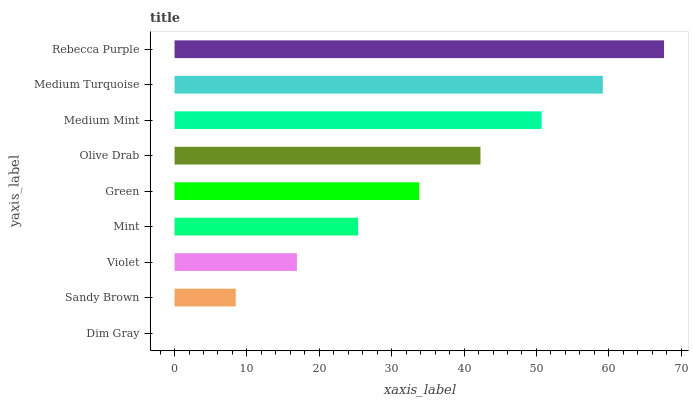
| yaxis_label | bars |
 | --- | --- |
 | Dim Gray | 0 |
 | Sandy Brown | 8.45 |
 | Violet | 16.9 |
 | Mint | 25.4 |
 | Green | 33.8 |
 | Olive Drab | 42.3 |
 | Medium Mint | 50.7 |
 | Medium Turquoise | 59.2 |
 | Rebecca Purple | 67.6 |